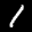
Label: 1